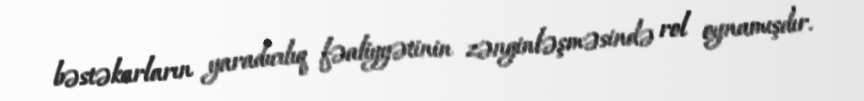
bəstəkarların yaradıcılıq fəaliyyətinin zənginləşməsində rol oynamışdır.